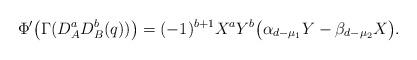
LaTeX: \begin{align*}\Phi'\big(\Gamma(D_A^aD_B^b(q))\big)=(-1)^{b+1} X^aY^b\big(\alpha_{d-\mu_1} Y -\beta_{d-\mu_2} X \big).\end{align*}